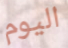
اليوم